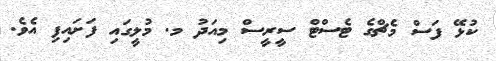
ކުޅޭ ފަސް މެޗްގެ ޓެސްޓް ސީރީސް މިއަދު މ. މުލީގައި ފަށައިފި އެވެ.